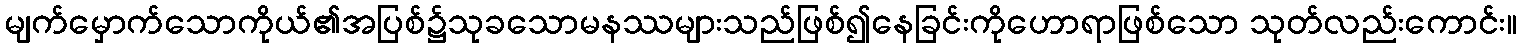
မျက်မှောက်သောကိုယ်၏အပြစ်၌သုခသောမနဿများသည်ဖြစ်၍နေခြင်းကိုဟောရာဖြစ်သော သုတ်လည်းကောင်း။